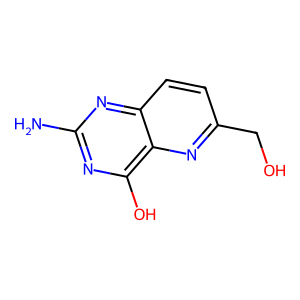
SMILES: Nc1nc(O)c2nc(CO)ccc2n1
Inhibits HIV replication: No